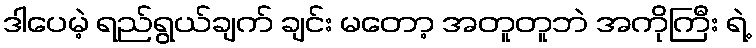
ဒါပေမဲ့ ရည်ရွယ်ချက် ချင်း မတော့ အတူတူဘဲ အကိုကြီး ရဲ့